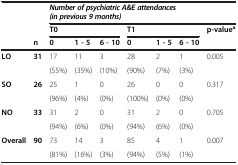
|  |  | <COLSPAN=7> Number of psychiatric A&E attendances (in previous 9 months) |
 |  |  | <COLSPAN=3> T0 | <COLSPAN=3> T1 | p-valuea |
 |  | n | 0 | 1 - 5 | 6 - 10 | 0 | 1 - 5 | 6 - 10 |  |
 | --- | --- | --- | --- | --- | --- | --- | --- | --- |
 | LO | 31 | 17 | 11 | 3 | 28 | 2 | 1 | 0.005 |
 |  |  | (55%) | (35%) | (10%) | (90%) | (7%) | (3%) |  |
 | SO | 26 | 25 | 1 | 0 | 26 | 0 | 0 | 0.317 |
 |  |  | (96%) | (4%) | (0%) | (100%) | (0%) | (0%) |  |
 | NO | 33 | 31 | 2 | 0 | 31 | 2 | 0 | 0.705 |
 |  |  | (94%) | (6%) | (0%) | (94%) | (6%) | (0%) |  |
 | Overall | 90 | 73 | 14 | 3 | 85 | 4 | 1 | 0.007 |
 |  |  | (81%) | (16%) | (3%) | (94%) | (5%) | (1%) |  |